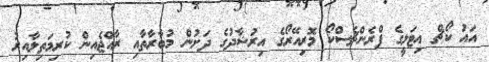
އައު ކޯޗް އިޓަލީގެ ފްރެންޗެސްކޯ މޮރިއޭރޯގެ އިރުޝާދުގެ ދަށުން މުބާރާތާއި ރާއްޖެއިން ކުރިމަތިލާއިރު